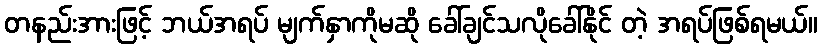
တနည်းအားဖြင့် ဘယ်အရပ် မျက်နှာကိုမဆို ခေါ်ချင်သလိုခေါ်နိုင် တဲ့ အရပ်ဖြစ်ရမယ်။